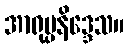
အာရုပ္ပနိဒ္ဒေသ။